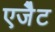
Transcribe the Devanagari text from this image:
एजैेट